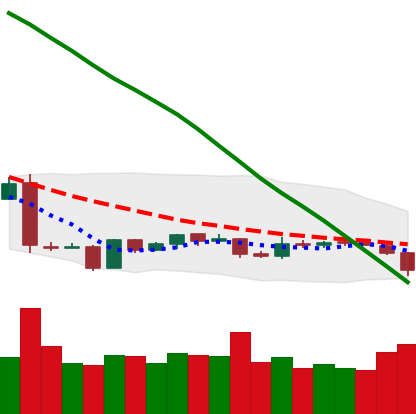
Ticker: EOS-USD
Chart end date: 2019-01-28
Forward return: 8.038%
Label: up_7plus